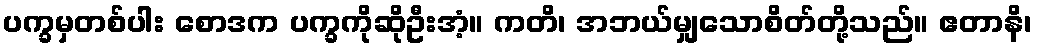
ပက္ခမှတစ်ပါး စောဒက ပက္ခကိုဆိုဦးအံ့။ ကတိ၊ အဘယ်မျှသောစိတ်တို့သည်။ ဧတာနိ၊